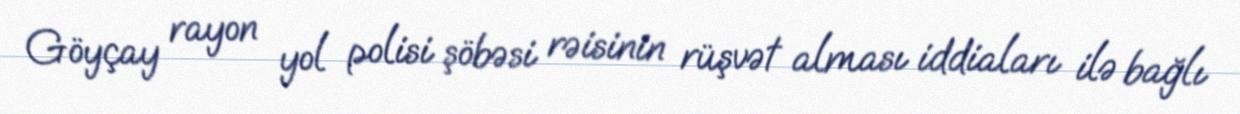
Göyçay rayon yol polisi şöbəsi rəisinin rüşvət alması iddiaları ilə bağlı